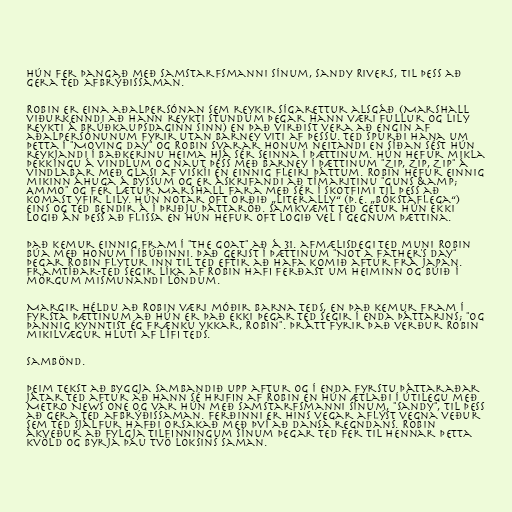
Hún fer þangað með samstarfsmanni sínum, Sandy Rivers, til þess að
gera Ted afbrýðissaman.

Robin er eina aðalpersónan sem reykir sígarettur alsgáð (Marshall
viðurkenndi að hann reykti stundum þegar hann væri fullur og Lily
reykti á brúðkaupsdaginn sinn) en það virðist vera að engin af
aðalpersónunum fyrir utan Barney viti af þessu. Ted spurði hana um
þetta í "Moving Day" og Robin svarar honum neitandi en síðan sést hún
reykjandi í baðkerinu heima hjá sér seinna í þættinum. Hún hefur mikla
þekkingu á vindlum og naut þess með Barney í þættinum "Zip, Zip, Zip" á
vindlabar með glasi af viskíi en einnig fleiri þáttum. Robin hefur einnig
mikinn áhuga á byssum og er áskrifandi að tímaritinu "Guns &amp;
Ammo" og fer lætur Marshall fara með sér í skotfimi til þess að
komast yfir Lily. Hún notar oft orðið „literally“ (þ.e. „bókstaflega“)
eins og Ted bendir á í þriðju þáttaröð. Samkvæmt Ted getur hún ekki
logið án þess að flissa en hún hefur oft logið vel í gegnum þættina.

Það kemur einnig fram í "The Goat" að á 31. afmælisdegi Ted muni Robin
búa með honum í íbúðinni. Það gerist í þættinum "Not a Father's Day"
þegar Robin flytur inn til Ted eftir að hafa komið aftur frá Japan.
Framtíðar-Ted segir líka af Robin hafi ferðast um heiminn og búið í
mörgum mismunandi löndum.

Margir héldu að Robin væri móðir barna Teds, en það kemur fram í
fyrsta þættinum að hún er það ekki þegar Ted segir í enda þáttarins; "Og
þannig kynntist ég frænku ykkar, Robin". Þrátt fyrir það verður Robin
mikilvægur hluti af lífi Teds.

Sambönd.

Þeim tekst að byggja sambandið upp aftur og í enda fyrstu þáttaraðar
játar Ted aftur að hann sé hrifin af Robin en hún ætlaði í útilegu með
Metro News One og var hún með samstarfsmanni sínum, "Sandy", til þess
að gera Ted afbrýðissaman. Ferðinni er hins vegar aflýst vegna veður
sem Ted sjálfur hafði orsakað með því að dansa regndans. Robin
ákveður að fylgja tilfinningum sínum þegar Ted fer til hennar þetta
kvöld og byrja þau tvö loksins saman.